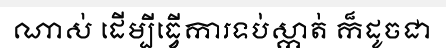
ណាស់ ដើម្បីធ្វើការទប់ស្កាត់ ក៏ដូចជា